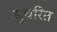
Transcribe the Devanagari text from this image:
सुचरित